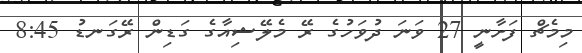
މިމެޗް ފަށާނީ 27 ވަނަ ދުވަހުގެ ރޭ މެލޭޝިއާގެ ގަޑިން ރޭގަނޑު 8:45